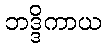
ဘဒ္ဒိကာယ